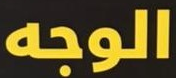
الوجه